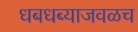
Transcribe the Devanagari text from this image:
धबधब्याजवळच